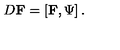
D \mathrm { { \bf F } } = \left[ \mathrm { { \bf F } } , \Psi \right] .